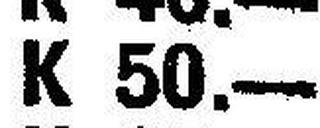
K 50.—